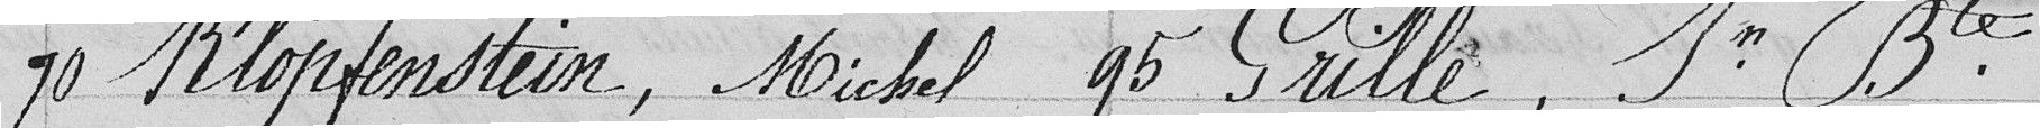
70 Klopfenstein, Michel    95 Grille, Jean-Baptiste